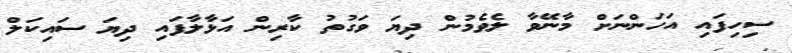
ސިހިފައި އަހަންނަށް މާނޭވާ ލެވެމުން ދިޔަ ވަގުތު ކާރިން އަޅާލާފައި ދިޔަ ސައިކަލް